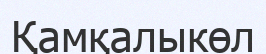
Қамқалыкөл